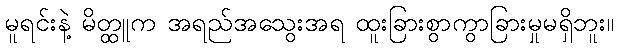
မူရင်းနဲ့ မိတ္ထူက အရည်အသွေးအရ ထူးခြားစွာကွာခြားမှုမရှိဘူး။